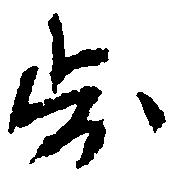
歩